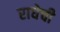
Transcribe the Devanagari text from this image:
राधेची